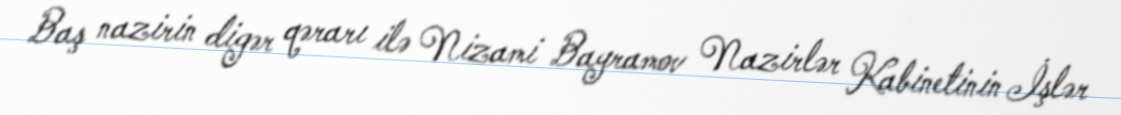
Baş nazirin digər qərarı ilə Nizami Bayramov Nazirlər Kabinetinin İşlər